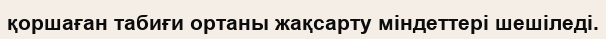
қоршаған табиғи ортаны жақсарту міндеттері шешіледі.